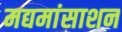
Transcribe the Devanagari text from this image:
मद्यमांसाशन